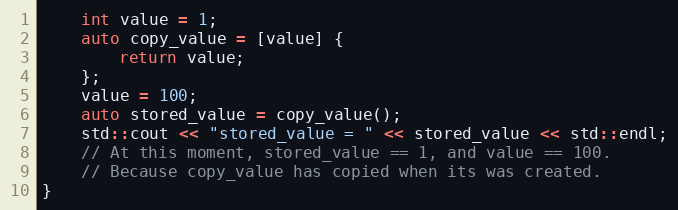
Language: C++
    int value = 1;
    auto copy_value = [value] {
        return value;
    };
    value = 100;
    auto stored_value = copy_value();
    std::cout << "stored_value = " << stored_value << std::endl;
    // At this moment, stored_value == 1, and value == 100.
    // Because copy_value has copied when its was created.
}